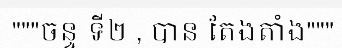
"""ចន្ទ ទី២ , បាន តែងតាំង"""